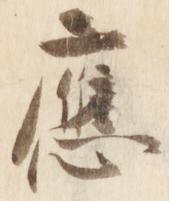
応